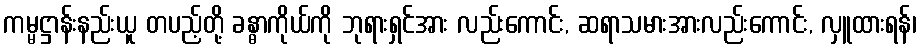
ကမ္မဋ္ဌာန်းနည်းယူ တပည့်တို့ ခန္ဓာကိုယ်ကို ဘုရားရှင်အား လည်းကောင်း, ဆရာသမားအားလည်းကောင်း, လှူထားရန်၊